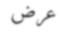
عرض